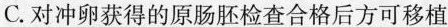
C.对冲卵获得的原肠胚检查合格后方可移植